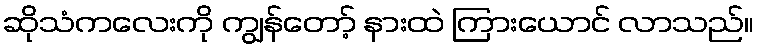
ဆိုသံကလေးကို ကျွန်တော့် နားထဲ ကြားယောင် လာသည်။